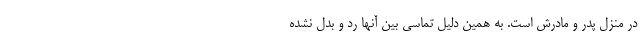
در منزل پدر و مادرش است. به همین دلیل تماسی بین آنها رد و بدل نشده